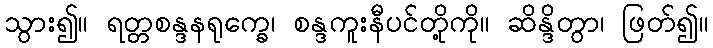
သွား၍။ ရတ္တစန္ဒနရုက္ခေ၊ စန္ဒကူးနီပင်တို့ကို။ ဆိန္ဒိတွာ၊ ဖြတ်၍။